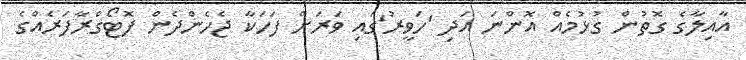
އާއިލާގެ ގޮތުން ގުޅުމެއް އޮންނަ އަދި 'ހަވީރު'ގައި ވަރަށް ފަހަކާ ޖެހެންދެން ފޮޓޯގްރާފަރެއްގެ